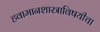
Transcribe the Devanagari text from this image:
हवामानशास्त्राविषयीचा